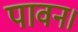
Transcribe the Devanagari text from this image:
पावन।